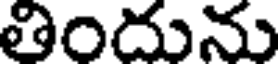
తిందును